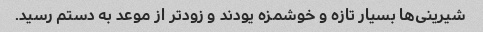
شیرینی‌ها بسیار تازه و خوشمزه یودند و زودتر از موعد به دستم رسید.